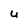
Character: U